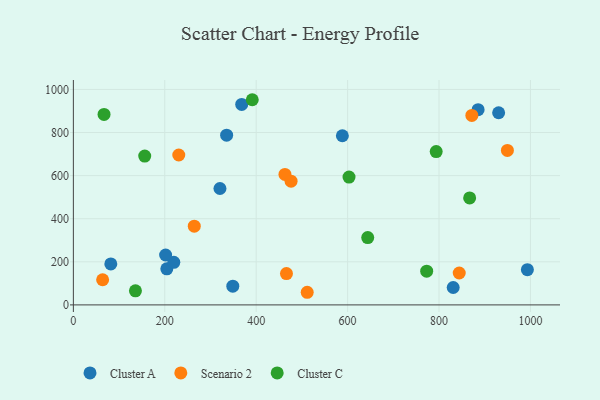
{"axis": {"x": "Engine Size", "y": "Profit"}, "legend": ["Cluster A", "Cluster C", "Scenario 2"], "data": [{"x": "320.7", "y": 540.3, "type": "Cluster A"}, {"x": "368.3", "y": 930.4, "type": "Cluster A"}, {"x": "335.3", "y": 787.9, "type": "Cluster A"}, {"x": "204.4", "y": 167.4, "type": "Cluster A"}, {"x": "219.7", "y": 197.6, "type": "Cluster A"}, {"x": "993.3", "y": 163.5, "type": "Cluster A"}, {"x": "885.5", "y": 906.3, "type": "Cluster A"}, {"x": "831.0", "y": 80.7, "type": "Cluster A"}, {"x": "81.9", "y": 190.2, "type": "Cluster A"}, {"x": "588.5", "y": 785.0, "type": "Cluster A"}, {"x": "348.8", "y": 86.9, "type": "Cluster A"}, {"x": "201.8", "y": 231.7, "type": "Cluster A"}, {"x": "930.4", "y": 891.8, "type": "Cluster A"}, {"x": "871.8", "y": 879.5, "type": "Scenario 2"}, {"x": "462.9", "y": 605.7, "type": "Scenario 2"}, {"x": "466.2", "y": 145.4, "type": "Scenario 2"}, {"x": "264.5", "y": 365.6, "type": "Scenario 2"}, {"x": "949.6", "y": 716.8, "type": "Scenario 2"}, {"x": "511.6", "y": 58.6, "type": "Scenario 2"}, {"x": "64.0", "y": 116.8, "type": "Scenario 2"}, {"x": "476.3", "y": 574.2, "type": "Scenario 2"}, {"x": "844.2", "y": 148.0, "type": "Scenario 2"}, {"x": "230.6", "y": 695.8, "type": "Scenario 2"}, {"x": "793.8", "y": 711.7, "type": "Cluster C"}, {"x": "603.1", "y": 593.1, "type": "Cluster C"}, {"x": "391.4", "y": 952.3, "type": "Cluster C"}, {"x": "156.1", "y": 690.7, "type": "Cluster C"}, {"x": "135.8", "y": 65.4, "type": "Cluster C"}, {"x": "773.0", "y": 156.7, "type": "Cluster C"}, {"x": "644.0", "y": 312.7, "type": "Cluster C"}, {"x": "867.0", "y": 496.5, "type": "Cluster C"}, {"x": "67.1", "y": 884.3, "type": "Cluster C"}]}